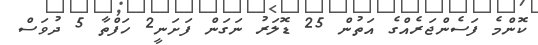
ކޮންމެ ފަސެންޖަރެއްގެ އަތުން 25 ޑޮލަރު ނަގަން ފަށަނީ2 ހަފްތާ 5 ދުވަސް